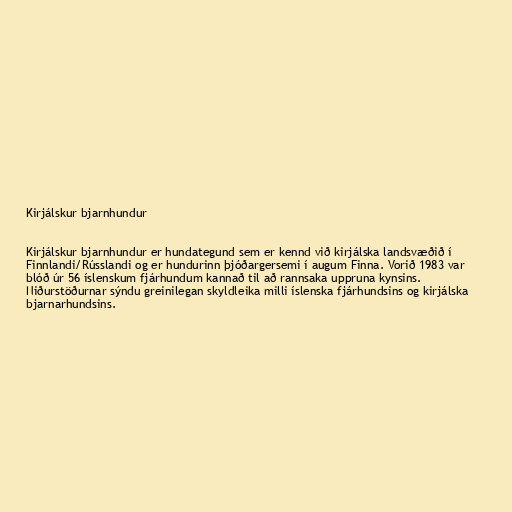
Kirjálskur bjarnhundur

Kirjálskur bjarnhundur er hundategund sem er kennd við kirjálska landsvæðið í
Finnlandi/Rússlandi og er hundurinn þjóðargersemi í augum Finna. Vorið 1983 var
blóð úr 56 íslenskum fjárhundum kannað til að rannsaka uppruna kynsins.
Niðurstöðurnar sýndu greinilegan skyldleika milli íslenska fjárhundsins og kirjálska
bjarnarhundsins.